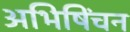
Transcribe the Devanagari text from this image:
अभिषिंचन